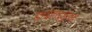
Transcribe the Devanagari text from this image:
डाईहाइड्राइड